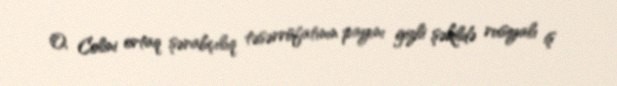
O, Colini ortaq şərabçılıq təsərrüfatının payını gizli şəkildə rusiyalı iş